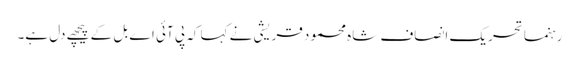
رہنما تحریک انصاف شاہ محمود قریشی نے کہا کہ پی آئی اے بل کے پیچھے دل ہے۔